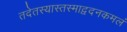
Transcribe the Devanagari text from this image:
तदेतस्यास्तस्माद्वदनकमलं